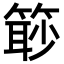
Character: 𥰚